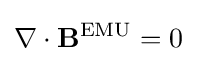
\nabla \cdot \mathbf {B} ^{\text{EMU}}=0